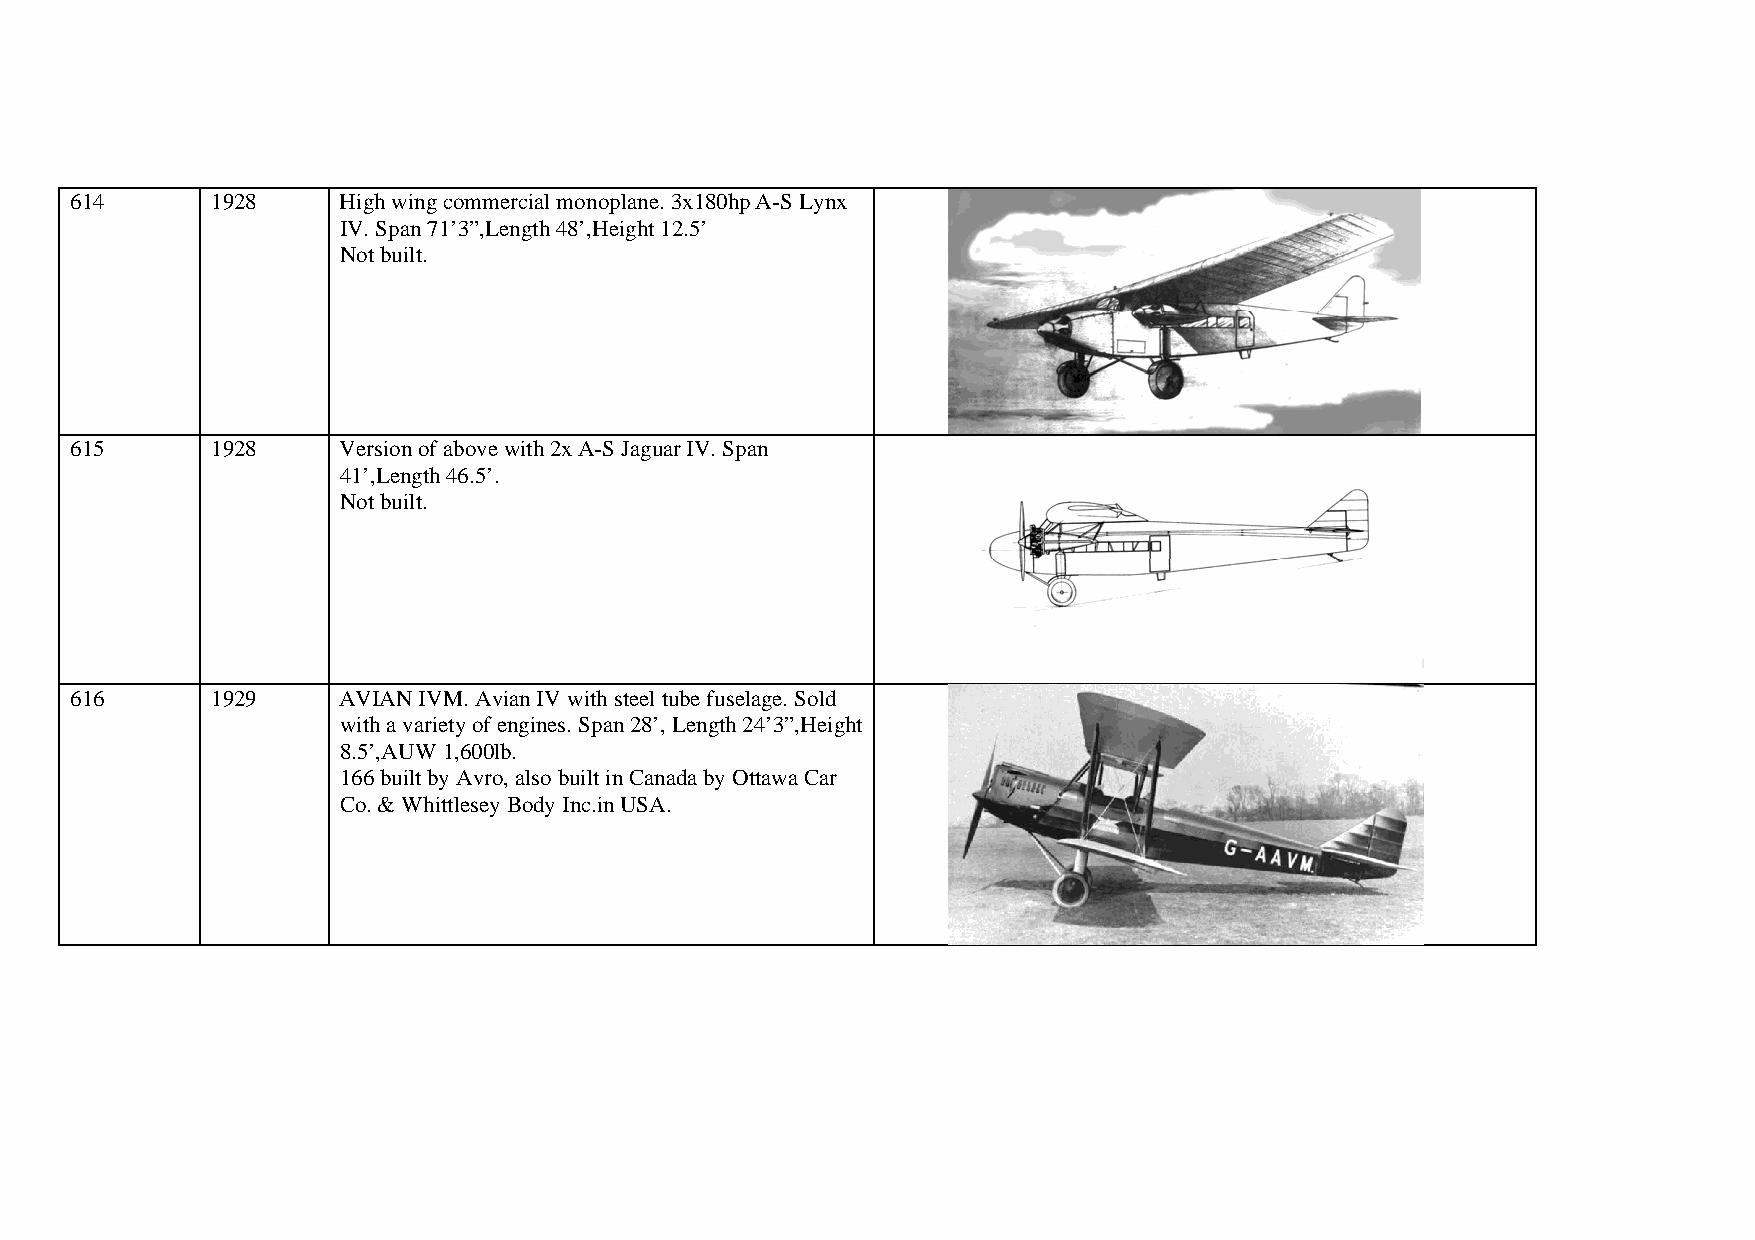
614      1928    High wing commercial monoplane. 3x180hp A-S Lynx
 IV. Span 71’3”,Length 48’,Height 12.5’
 Not built.
 615      1928    Version of above with 2x A-S Jaguar IV. Span
 41’,Length 46.5’.
 Not built.
 616      1929    AVIAN IVM. Avian IV with steel tube fuselage. Sold
 with a variety of engines. Span 28’, Length 24’3”,Height
 8.5’,AUW 1,600lb.
 166 built by Avro, also built in Canada by Ottawa Car
 Co. & Whittlesey Body Inc.in USA.